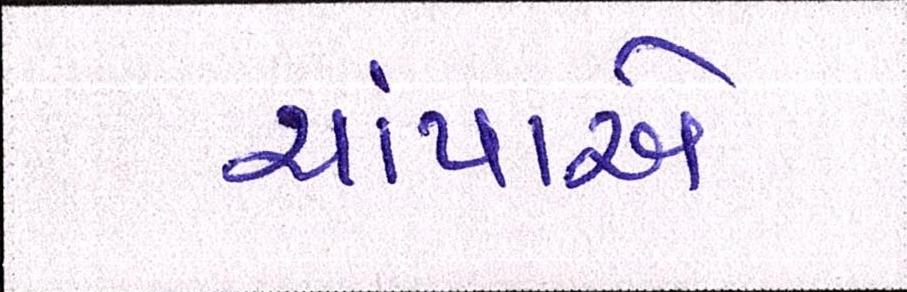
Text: ચાંપાએ